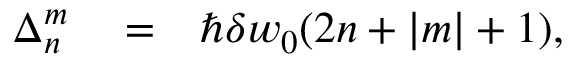
\begin{array} { r l r } { \Delta _ { n } ^ { m } } & { { } = } & { \hbar \delta w _ { 0 } ( 2 n + | m | + 1 ) , } \end{array}